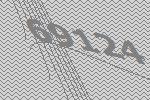
69124